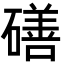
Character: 磰